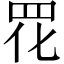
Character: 𫅁